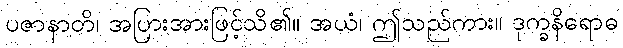
ပဇာနာတိ၊ အပြားအားဖြင့်သိ၏။ အယံ၊ ဤသည်ကား။ ဒုက္ခနိရောဓ